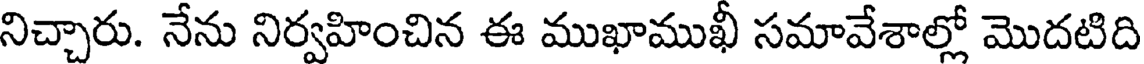
నిచ్చారు. నేను నిర్వహించిన ఈ ముఖాముఖీ సమావేశాల్లో మొదటిది